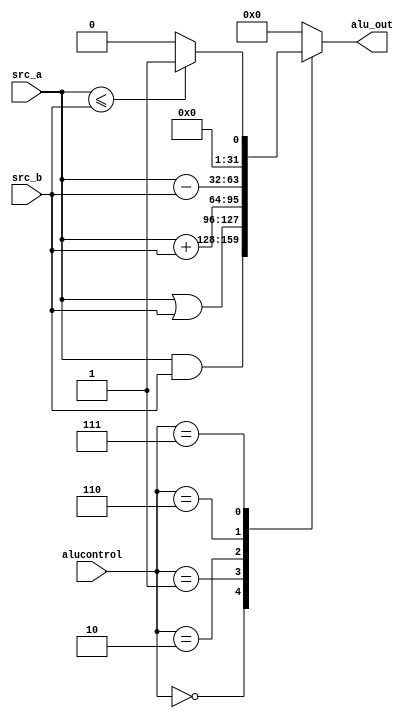
module alu (input [31:0] src_a,src_b,
				//input [5:0] shamnt,
				input [2:0] alucontrol,
				output reg [31:0] alu_out);
				//output zero);

always @ (alucontrol,src_a,src_b)					
	begin
		case (alucontrol)
			3'b000: alu_out <= src_a&src_b;
			3'b001: alu_out <= src_a|src_b;
			3'b010: alu_out <= src_a+src_b;
			3'b110: alu_out <= src_a-src_b;
			3'b111: alu_out <= src_a<=src_b ? 32'h00000001:32'h00000000;
			//3'b011: rt <= rg << shamnt;
			default alu_out <= 32'h00000000;
			//3'b100: rt = ~(rd|rg);
		endcase
	end

//assign zero = (alu_out == 32'b0) ? 1'b1:1'b0;

endmodule